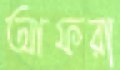
আফরা